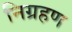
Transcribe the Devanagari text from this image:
निग्रहण